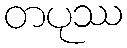
တပုဿ